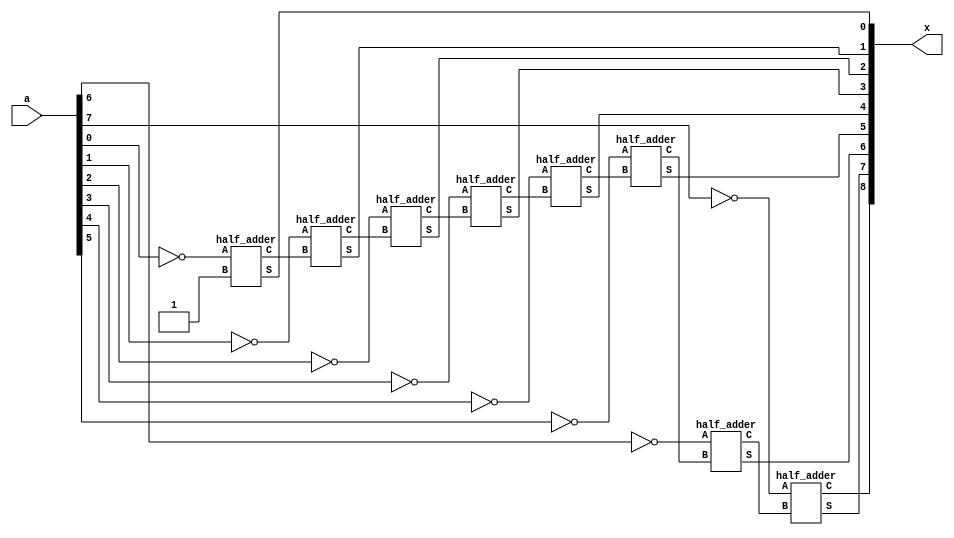
module bin_2scomp(input [7:0]a, output[8:0] x);
 wire [6:0]c;

 half_adder HA1((~a[0]),1'b1,x[0],c[0]);
 half_adder HA2((~a[1]),c[0],x[1],c[1]);
 half_adder HA3((~a[2]),c[1],x[2],c[2]);
 half_adder HA4((~a[3]),c[2],x[3],c[3]);
 half_adder HA5((~a[4]),c[3],x[4],c[4]);
 half_adder HA6((~a[5]),c[4],x[5],c[5]);
 half_adder HA7((~a[6]),c[5],x[6],c[6]);
 half_adder HA8((~a[7]),c[6],x[7],x[8]);

endmodule

module half_adder(A,B,S,C);
 input A,B;
 output S,C;
 
 assign S = A^B;
 assign C = A&B;
 
endmodule